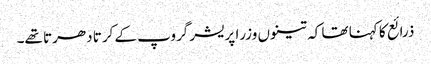
ذرائع کا کہنا تھا کہ تینوں وزرا پریشر گروپ کے کرتا دھرتا تھے۔